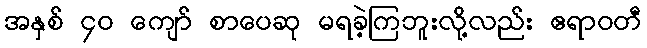
အနှစ် ၄၀ ကျော် စာပေဆု မရခဲ့ကြဘူးလို့လည်း ဧရာဝတီ